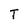
Character: T